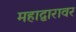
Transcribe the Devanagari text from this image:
महाद्वारावर